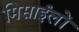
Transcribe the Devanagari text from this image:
मिसाईलों